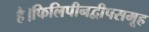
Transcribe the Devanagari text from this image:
है।फिलिपीनद्वीपसमूह